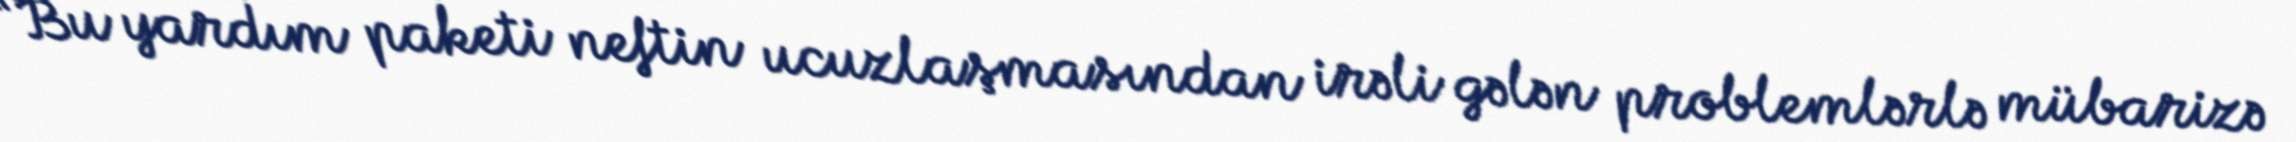
“Bu yardım paketi neftin ucuzlaşmasından irəli gələn problemlərlə mübarizə